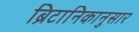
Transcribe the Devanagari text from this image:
ब्रिटानिकानुसार